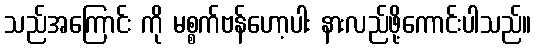
သည်အကြောင်း ကို မစ္စက်ဗန်ဟော့ပါး နားလည်ဖို့ကောင်းပါသည်။